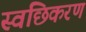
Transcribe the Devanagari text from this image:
स्वछिकरण